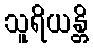
သူရိယန္တိ